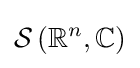
{\mathcal {S}}\left(\mathbb {R} ^{n},\mathbb {C} \right)